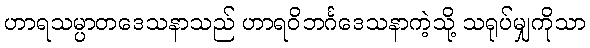
ဟာရသမ္ပာတဒေသနာသည် ဟာရဝိဘင်္ဂဒေသနာကဲ့သို့ သရုပ်မျှကိုသာ